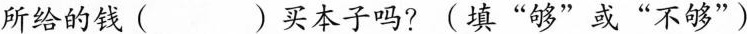
所给的钱( )买本子吗?(填”够”或”不够”)